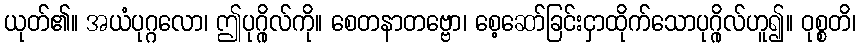
ယုတ်၏။ အယံပုဂ္ဂလော၊ ဤပုဂ္ဂိုလ်ကို။ စေတနာတဗ္ဗော၊ စေ့ဆော်ခြင်းငှာထိုက်သောပုဂ္ဂိုလ်ဟူ၍။ ဝုစ္စတိ၊